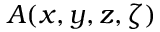
A ( x , y , z , \zeta )